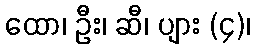
ထော၊ ဦး၊ ဆီ၊ ပျား (၄)၊